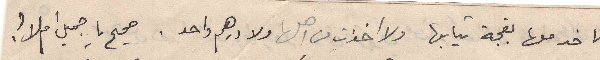
تاخد معها بقجة تيابها ولا اخذت من اهلها ولا درهم واحد . صحيح يا جميل ام لا؟